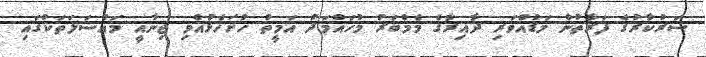
ސަރުކާރުގެ ފަރާތުން މަޑުއްވަރި ދާއިރާގެ މެމްބަރު މުހައްމަދު އަމީތު ހުށަހެޅުއްވި ޖިނާއީ މައްސަލަތަކުގައި